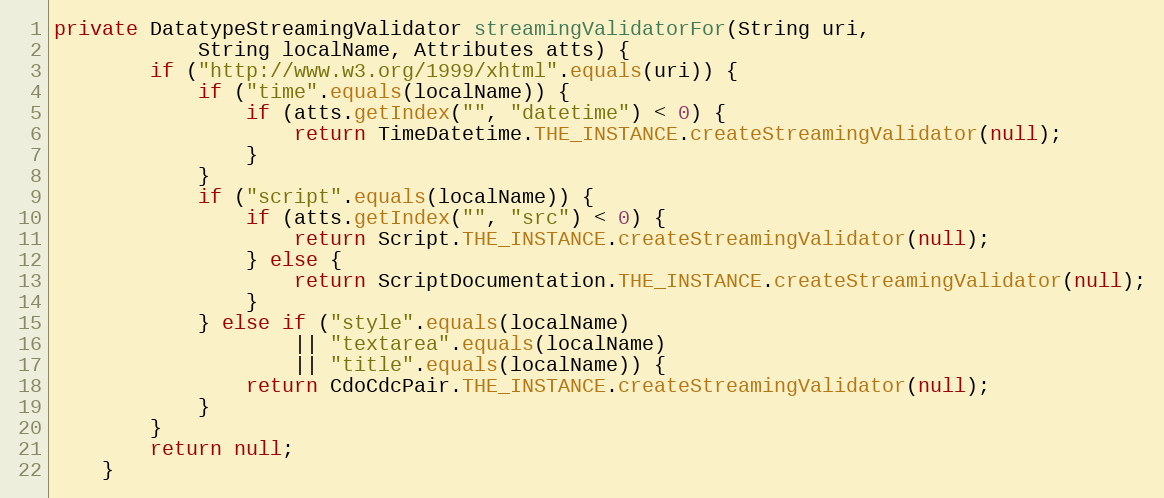
Language: Java
private DatatypeStreamingValidator streamingValidatorFor(String uri,
            String localName, Attributes atts) {
        if ("http://www.w3.org/1999/xhtml".equals(uri)) {
            if ("time".equals(localName)) {
                if (atts.getIndex("", "datetime") < 0) {
                    return TimeDatetime.THE_INSTANCE.createStreamingValidator(null);
                }
            }
            if ("script".equals(localName)) {
                if (atts.getIndex("", "src") < 0) {
                    return Script.THE_INSTANCE.createStreamingValidator(null);
                } else {
                    return ScriptDocumentation.THE_INSTANCE.createStreamingValidator(null);
                }
            } else if ("style".equals(localName)
                    || "textarea".equals(localName)
                    || "title".equals(localName)) {
                return CdoCdcPair.THE_INSTANCE.createStreamingValidator(null);
            }
        }
        return null;
    }